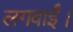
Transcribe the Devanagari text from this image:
लगवाईं।